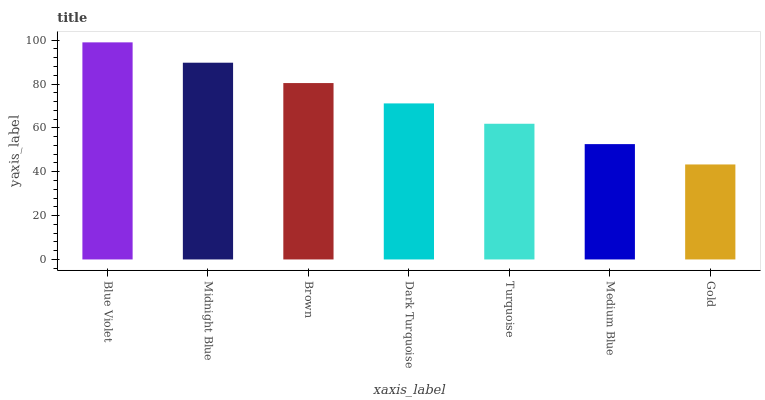
| xaxis_label | bars |
 | --- | --- |
 | Blue Violet | 99 |
 | Midnight Blue | 89.7 |
 | Brown | 80.4 |
 | Dark Turquoise | 71.2 |
 | Turquoise | 61.9 |
 | Medium Blue | 52.6 |
 | Gold | 43.3 |